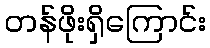
တန်ဖိုးရှိကြောင်း